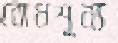
বোধশূন্য